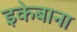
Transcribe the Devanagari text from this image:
इकेबाना